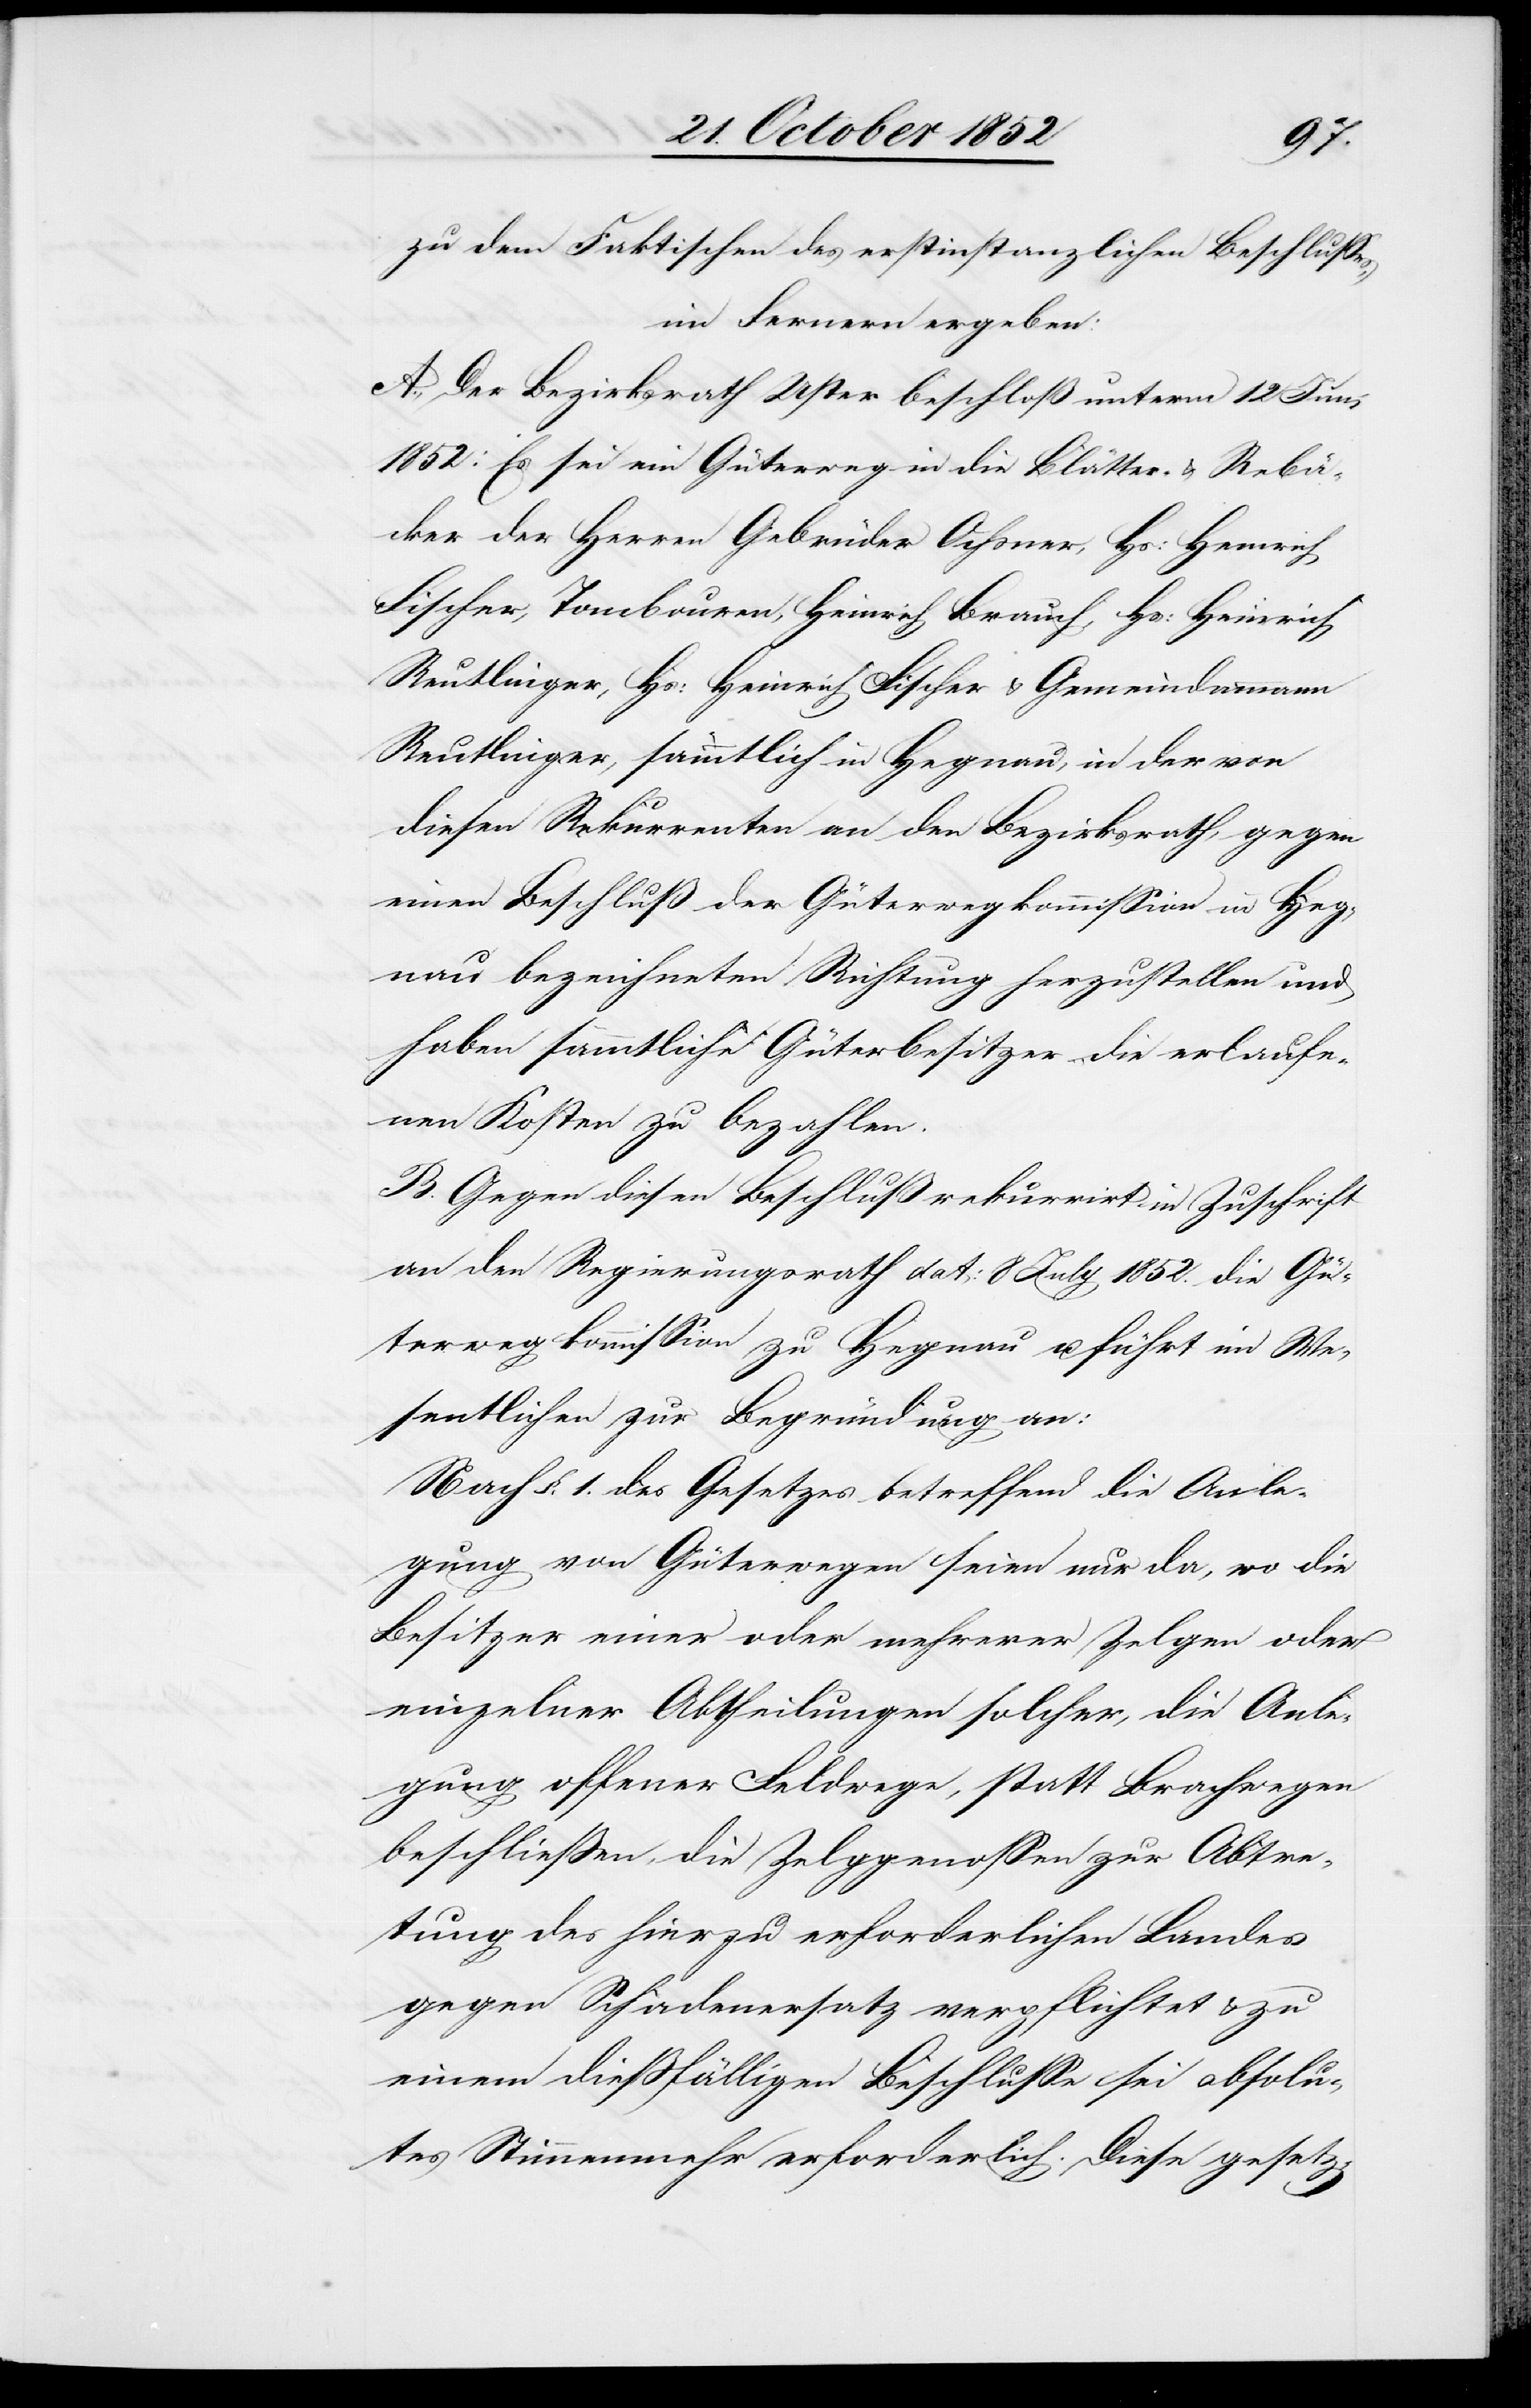
zu dem Faktischen des erstinstanzlichen Beschlusses,
im Fernern ergeben:
A., Der Bezirksrath Uster beschloß unterm 12 Juni
1852: Es sei ein Güterweg in die Blätter- & Rebä¬
cker der Herren Gebrüder Ochsner, Hs: Heinrich
Reutlinger, Hs: Heinrich Fischer & Gemeindammann
Reutlinger, sämmtlich in Hegnau, in der von
diesen Rekurrenten an den Bezirksrath, gegen
einen Beschluß der Güterwegkommission in Heg¬
nau bezeichneten Richtung herzustellen und
haben sämmtliche Güterbesitzer die erlaufe¬
nen Kosten zu bezahlen.
B. Gegen diesen Beschluß rekurrirt in Zuschrift
an den Regierungsrath dat: 8 July 1852. die Gü¬
terwegkommission zu Hegnau u. führt im We¬
sentlichen zur Begründung an:
Nach §. 1. des Gesetzes betreffend die Anle¬
gung von Güterwegen seien nur da, wo die
Besitzer einer oder mehrerer Zelgen oder
einzelner Abtheilungen solcher, die Anle¬
gung offener Feldwege, statt Brachwegen
beschließen, die Zelggenossen zur Abtre¬
tung des hierzu erforderlichen Landes
gegen Schadenersatz verpflichtet & zu
einem dießfälligen Beschlusse sei absolu¬
tes Stimmenmehr erforderlich. Diese gesetz-